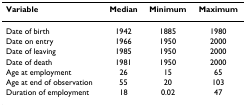
<table><thead><tr><td><b>Variable</b></td><td><b>Median</b></td><td><b>Minimum</b></td><td><b>Maximum</b></td></tr></thead><tbody><tr><td>Date of birth</td><td>1942</td><td>1885</td><td>1980</td></tr><tr><td>Date on entry</td><td>1966</td><td>1950</td><td>2000</td></tr><tr><td>Date of leaving</td><td>1985</td><td>1950</td><td>2000</td></tr><tr><td>Date of death</td><td>1981</td><td>1950</td><td>2000</td></tr><tr><td>Age at employment</td><td>26</td><td>15</td><td>65</td></tr><tr><td>Age at end of observation</td><td>55</td><td>20</td><td>103</td></tr><tr><td>Duration of employment</td><td>18</td><td>0.02</td><td>47</td></tr></tbody></table>